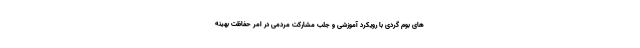
های بوم گردی با رویکرد آموزشی و جلب مشارکت مردمی در امر حفاظت بهینه